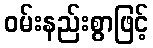
ဝမ်းနည်းစွာဖြင့်